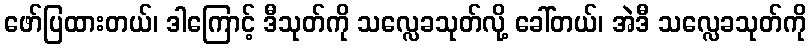
ဖော်ပြထားတယ်၊ ဒါကြောင့် ဒီသုတ်ကို သလ္လေခသုတ်လို့ ခေါ်တယ်၊ အဲဒီ သလ္လေခသုတ်ကို